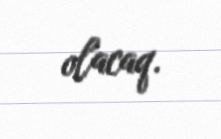
olacaq.